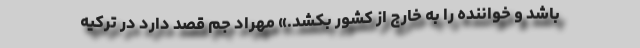
باشد و خواننده را به خارج از کشور بکشد.» مهراد جم قصد دارد در ترکیه